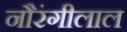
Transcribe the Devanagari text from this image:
नौरंगीलाल